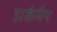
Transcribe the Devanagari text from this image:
डार्कमैन